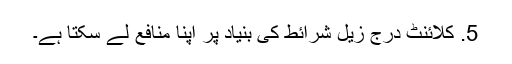
5. کلائنٹ درج زیل شرائط کی بنیاد پر اپنا منافع لے سکتا ہے۔